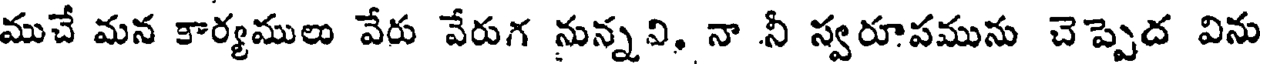
ముచే మన కార్యములు వేరు వేరుగ నున్నవి, నా నీ స్వరూపమును చెప్పెద విను